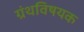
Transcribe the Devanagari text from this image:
ग्रंथविषयक